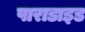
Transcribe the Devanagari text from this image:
पाराडाइड